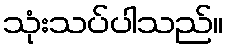
သုံးသပ်ပါသည်။